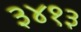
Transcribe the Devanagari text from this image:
३४१३